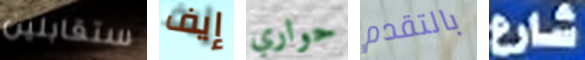
ستقابلين إيف حواري بالتقدم شارع